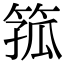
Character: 箛